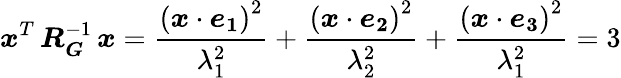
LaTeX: \boldsymbol{x}^{T}\, \boldsymbol{R_{G}}^{-1}\, \boldsymbol{x}=\frac{\left(\boldsymbol{x}\cdot\boldsymbol{e_{1}}\right)^{2}}{\lambda_{1}^{2}}+\frac{\left(\boldsymbol{x}\cdot\boldsymbol{e_{2}}\right)^{2}}{\lambda_{2}^{2}}+\frac{\left(\boldsymbol{x}\cdot\boldsymbol{e_{3}}\right)^{2}}{\lambda_{1}^{2}}=3